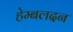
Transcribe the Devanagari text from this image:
हेम्बलदन